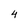
Character: 4